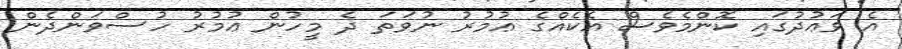
އެ ވަޢުދުގައި ކޮންމެވެސް އެކެއްގެ ޢުމުރު ނުވަތަ ދެ މީހުން ޢުމުރު ހުސްވަންދެން